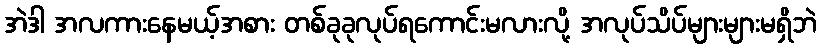
အဲဒါ အလကားနေမယ့်အစား တစ်ခုခုလုပ်ရကောင်းမလားလို့ အလုပ်သိပ်များများမရှိဘဲ